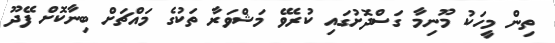
ތިން މީހަކު މޫނިމާ ގަސްދޮށުގައި ކުރެވޭ މަޝްވަރާ ތަކުގެ މައްޗަށް ބިނާކޮށް ފޭދޫ